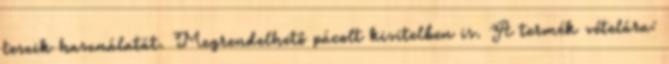
teszik használatát. Megrendelhető pácolt kivitelben is. A termék vételára: